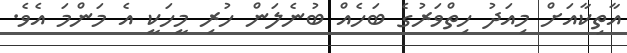
އާތިކާއަށް މިއަދު ހިތްވަރުގެ ބަހެއް ބުނެލަން ހުރި މީހަކީ އެ މަންމަ އެވެ.